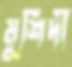
মুর্শিদী